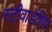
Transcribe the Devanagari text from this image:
स्टीवार्डशिप